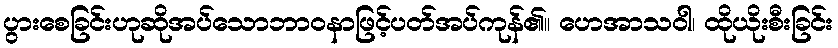
ပွားစေခြင်းဟုဆိုအပ်သောဘာဝနာဖြင့်ပတ်အပ်ကုန်၏။ ဟေအာသဝါ၊ ထိုယိုးစီးခြင်း